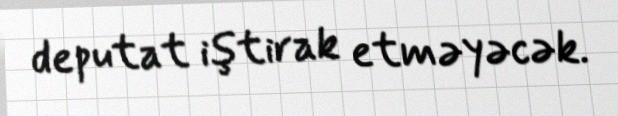
deputat iştirak etməyəcək.